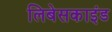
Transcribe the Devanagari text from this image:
लिबेसकाइंड